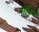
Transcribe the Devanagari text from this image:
रॉकिन